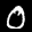
Label: 0